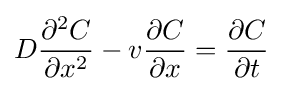
D{\partial ^{2}C \over \partial x^{2}}-v{\partial C \over \partial x}={\partial C \over \partial t}